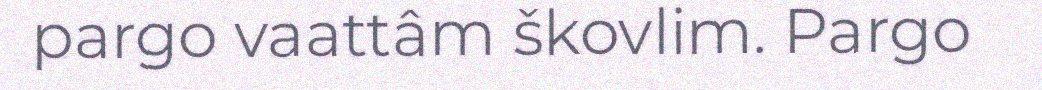
pargo vaattâm škovlim. Pargo